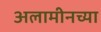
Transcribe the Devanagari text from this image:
अलामीनच्या